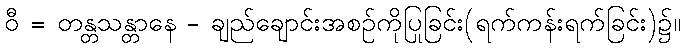
ဝီ = တန္တသန္တာနေ - ချည်ချောင်းအစဉ်ကိုပြုခြင်း(ရက်ကန်းရက်ခြင်း)၌။